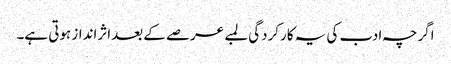
اگرچہ ادب کی یہ کارکردگی لمبے عرصے کے بعداثرانداز ہوتی ہے۔